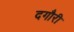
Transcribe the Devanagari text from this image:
दगौरी